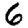
Digit: 6